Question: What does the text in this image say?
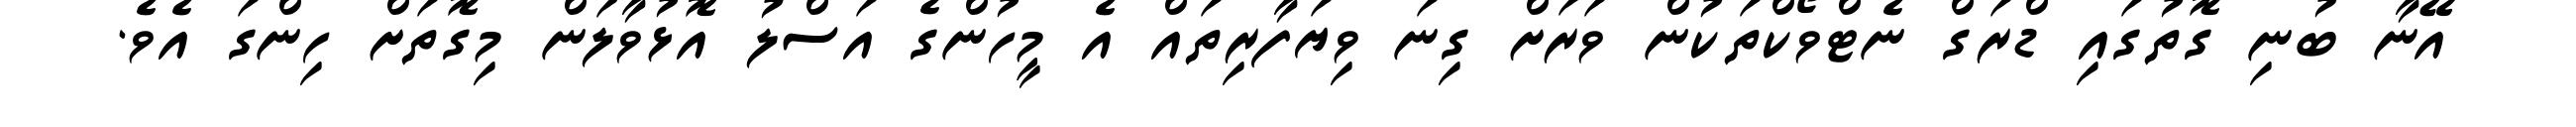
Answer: އޭނާ ބުނި ގޮތުގައި ޑްރަގް ނެޓްވޯކްތަކުން ވަރަށް ގިނަ ވިޔަފާރިތައް އެ މީހުންގެ އަސްލު އޮޅުވާލަން މިގޮތަށް ހިންގަ އެވެ.